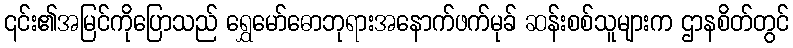
၎င်း၏အမြင်ကိုပြောသည် ရွှေမော်ဓောဘုရားအနောက်ဖက်မုခ် ဆန်းစစ်သူများက ဌာနစိတ်တွင်